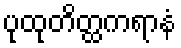
ပုထုတိတ္ထကရာနံ